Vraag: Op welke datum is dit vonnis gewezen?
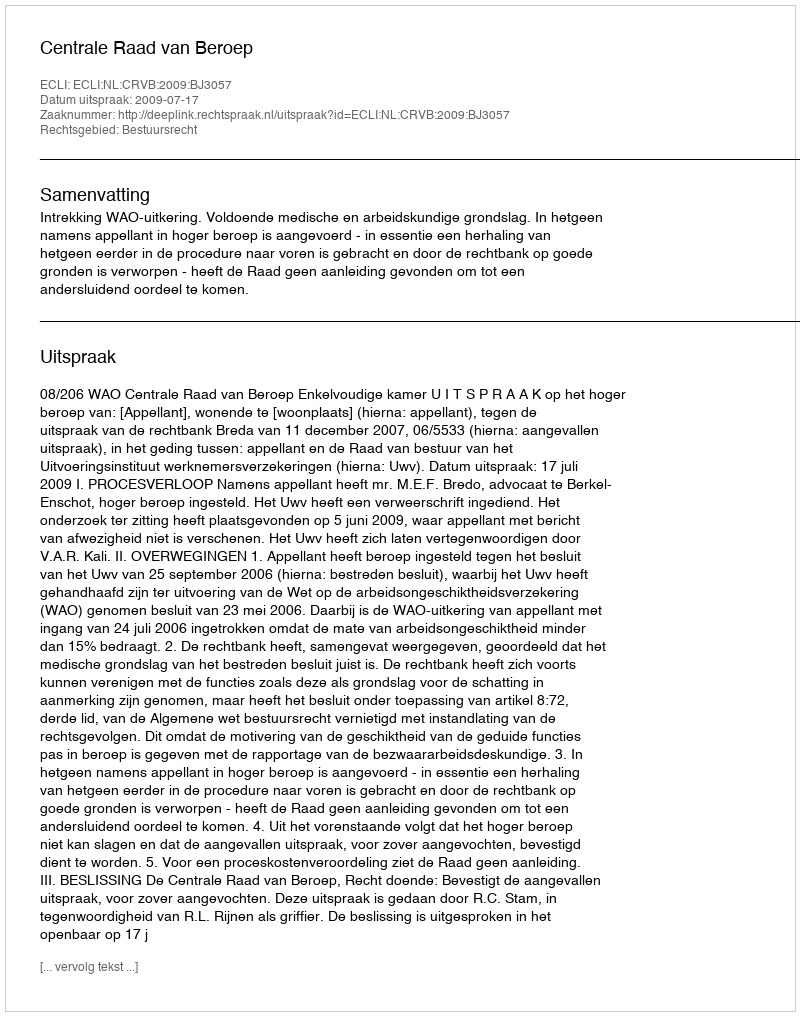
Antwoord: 2009-07-17